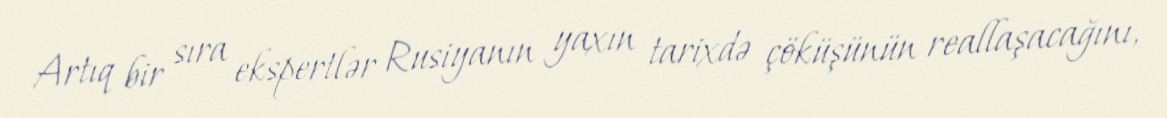
Artıq bir sıra ekspertlər Rusiyanın yaxın tarixdə çöküşünün reallaşacağını,